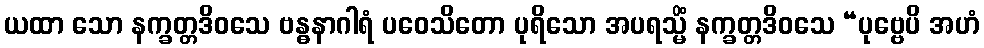
ယထာ သော နက္ခတ္တဒိဝသေ ဗန္ဓနာဂါရံ ပဝေသိတော ပုရိသော အပရသ္မိံ နက္ခတ္တဒိဝသေ “ပုဗ္ဗေပိ အဟံ